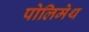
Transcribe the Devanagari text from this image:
पोलिमेथ